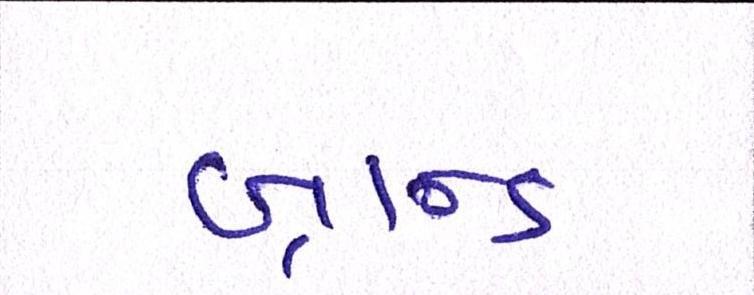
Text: બ્રાન્ડ